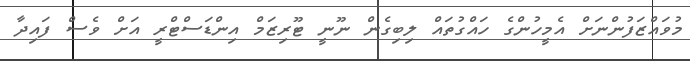
މުވައްޒަފުންނަށް އެމީހުންގެ ހައްގުތައް ލިބިގެން ނޫނީ ޓޫރިޒަމް އިންޑަސްޓްރީ އަށް ވެސް ފައިދާ